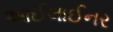
આઈલાઈનર